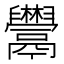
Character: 𩱬